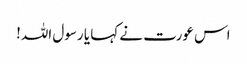
اس عورت نے کہا یا رسول اللہ!